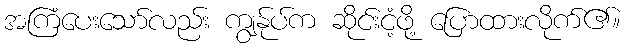
အကြံပေးသော်လည်း ကျွန်ုပ်က ဆိုင်းငံ့ဖို့ ပြောထားလိုက်၏။